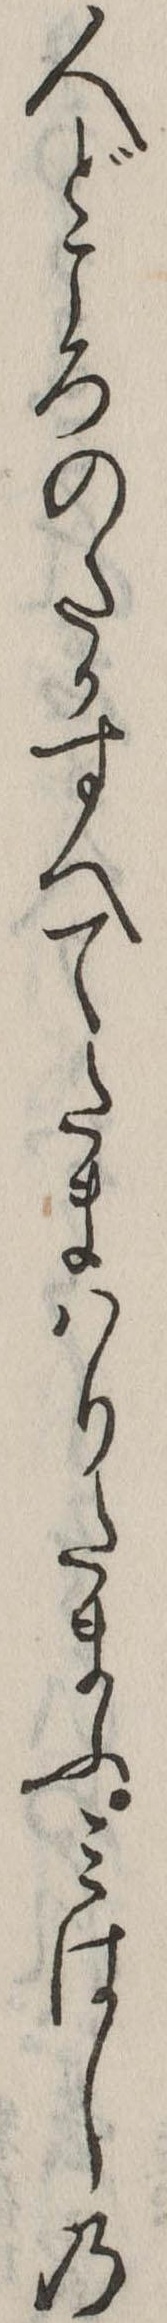
人どころのたかすへてたまはりたまふみはしの